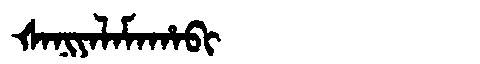
Manchu: ᡧᠠᠨᡳᠶᠠᠯᠠᠮᠠᡥᠠᠪᡳ
Romanization: ŠANIYALAMAHABI